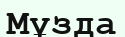
Мұзда